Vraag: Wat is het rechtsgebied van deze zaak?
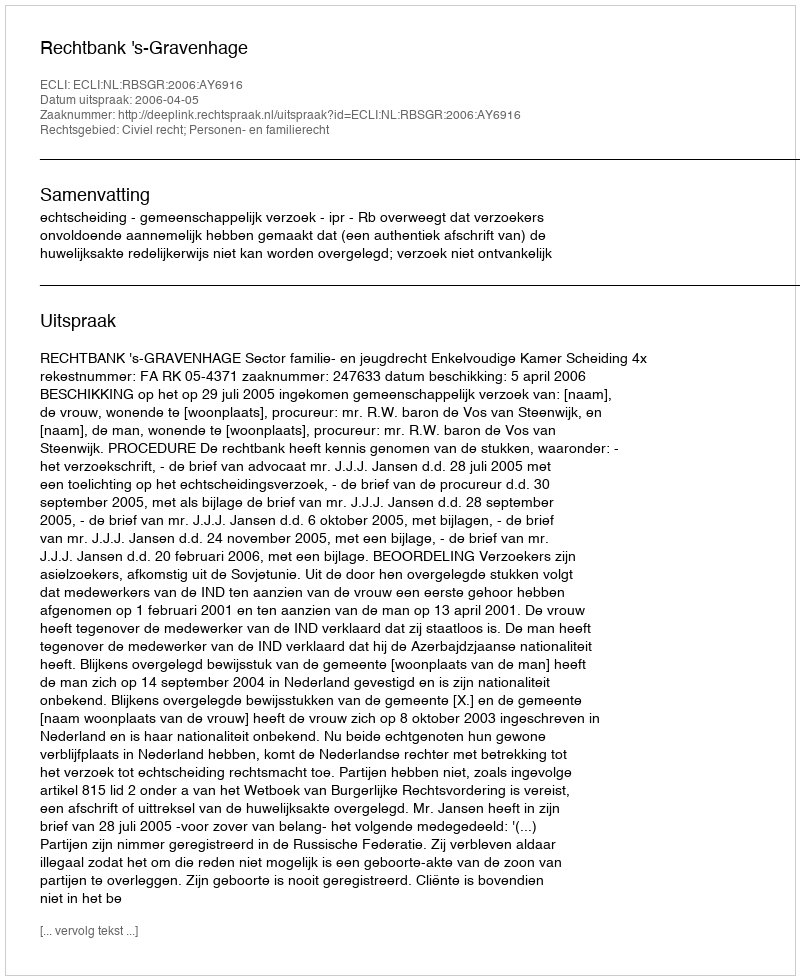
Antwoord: Civiel recht; Personen- en familierecht